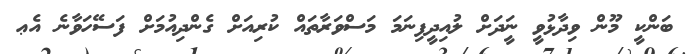
ބަންކީ މޫން ވިދާޅުވީ ނަީދަށް ލުއިދީފިނަމަ މަސްވަރާތައް ކުރިއަށް ގެންދިއުމަށް ފަސޭހަވާނެ އެޢ